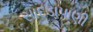
સાદડાપાણી